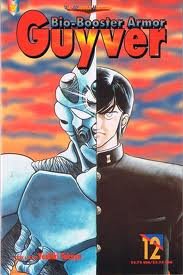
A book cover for Bio-Booster Armor Guyver 12 "Desperate"; Yoshiki Takaya; Comics & Graphic Novels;